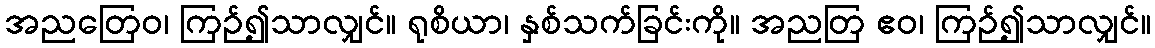
အညတြေဝ၊ ကြဉ်၍သာလျှင်။ ရုစိယာ၊ နှစ်သက်ခြင်းကို။ အညတြ ဧဝ၊ ကြဉ်၍သာလျှင်။